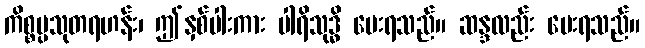
ကိစ္စပ္ပသုတရဟန်း၊ ဤနှစ်ပါးကား ပါရိသုဒ္ဓိ ပေးရသည်။ ဆန္ဒလည်း ပေးရသည်။